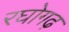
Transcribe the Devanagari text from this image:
रघोगढ़